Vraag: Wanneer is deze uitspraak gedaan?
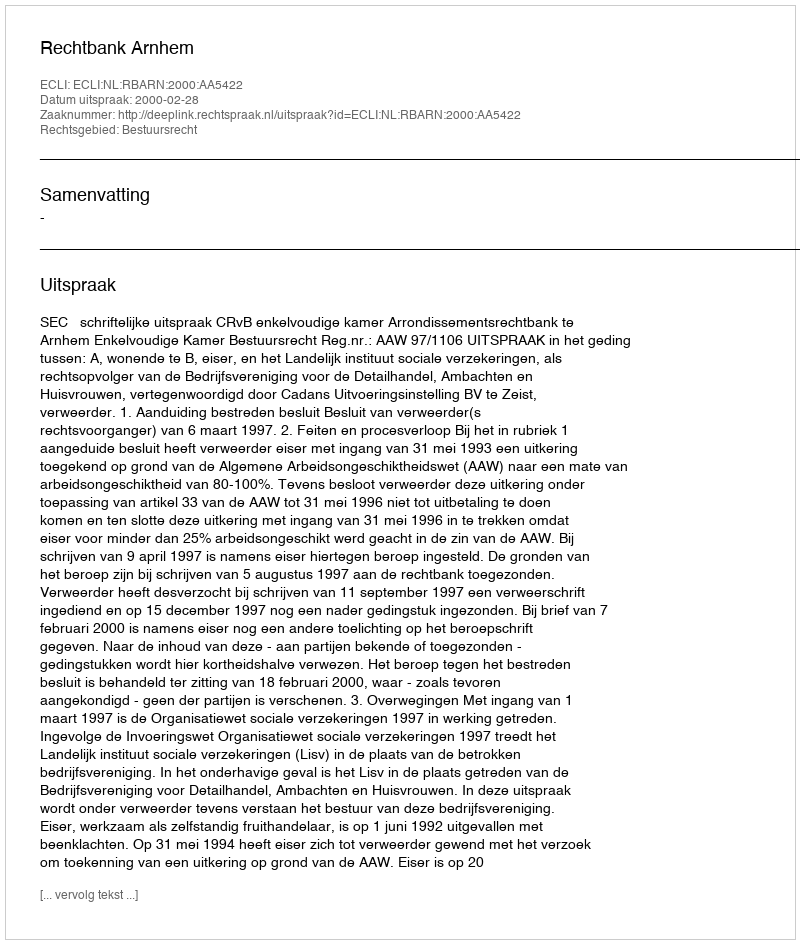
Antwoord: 2000-02-28